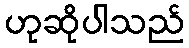
ဟုဆိုပါသည်